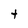
Character: t